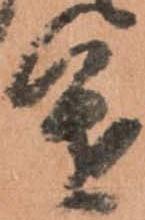
進